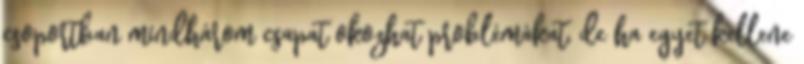
csoportban mindhárom csapat okozhat problémákat, de ha egyet kellene